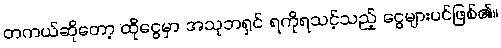
တကယ်ဆိုတော့ ထိုငွေမှာ အသုဘရှင် ရကိုရသင့်သည့် ငွေများပင်ဖြစ်၏။